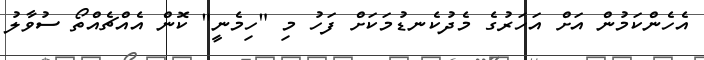
އެހެންކަމުން އަށް އަހަރުގެ މެދުކެނޑުމަކަށް ފަހު މި "ހިމެނީ" ކޮން އެއްޗެއްތޯ ސުވާލު